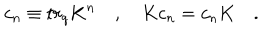
c _ { n } \equiv t r _ { q } K ^ { n } \quad , \quad K c _ { n } = c _ { n } K \quad .